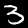
Digit: 3